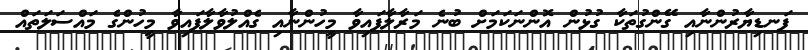
ފަނޑިޔާރުންނާއި ގޭންގުތަކާ ގުޅުން އޮންނަކަމަށް ބުނެ މަރާލާފައިވާ މީހުންނާއި ގެއްލުވާލާފައިވާ މީހުންގެ މައްސަލަތައް